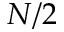
N / 2